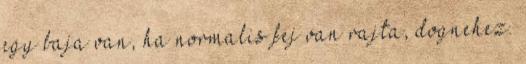
egy baja van, ha normalis fej van rajta, dognehez.